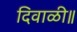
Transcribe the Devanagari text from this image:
दिवाळी॥